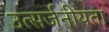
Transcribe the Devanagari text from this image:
उत्सर्जनीयता